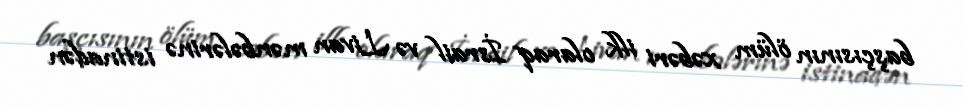
başçısının ölüm xəbəri ilk olaraq İsrail və Livan mənbələrinə istinadən